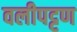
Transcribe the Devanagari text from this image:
वलीपट्टण